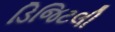
ડિજિટલી